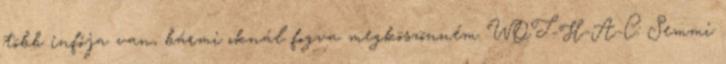
több infója van, bármi oknál fogva megköszönném WOT-H-A-C: Semmi